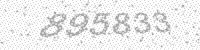
Solution: 895833